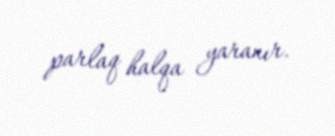
parlaq halqa yaranır.